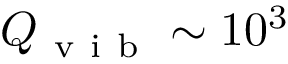
Q _ { \mathrm { ~ v ~ i ~ b ~ } } \sim 1 0 ^ { 3 }